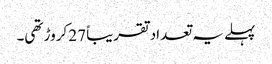
پہلے یہ تعداد تقریباً 27 کروڑ تھی۔